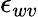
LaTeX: \epsilon_{wv}